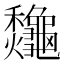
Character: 𪛁